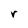
Character: r